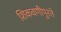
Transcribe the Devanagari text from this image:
शिकवणीपुरते